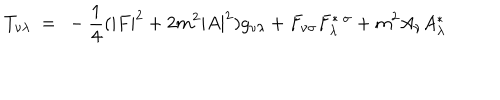
T _ { \nu \lambda } ~ = ~ - \frac { 1 } { 4 } ( | F | ^ { 2 } + 2 m ^ { 2 } | A | ^ { 2 } ) g _ { \nu \lambda } + F _ { \nu \sigma } F _ { \lambda } ^ { * ~ \sigma } + m ^ { 2 } A _ { \nu } A _ { \lambda } ^ { * }